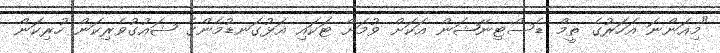
"މިއަންނަ އަހަރުގެ ތީމް ޑެސްޓިނޭޝަން އަކަށް ވުމަށް ޓަކައި އަޅުގަނޑުމެންގެ ޝައުގުވެރިކަން ހުރިކަން